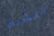
للشرح